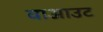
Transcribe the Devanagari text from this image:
वाआउट